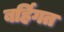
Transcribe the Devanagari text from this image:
बर्हिगत